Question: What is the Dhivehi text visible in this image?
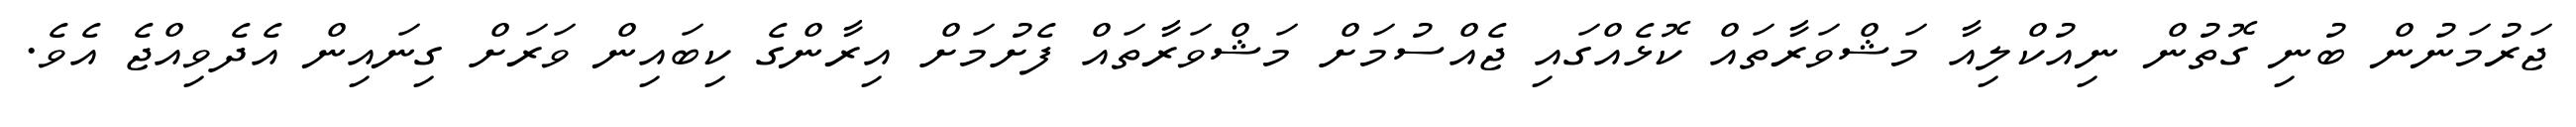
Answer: ޖަރުމަނުން ބުނި ގޮތުން ނިއުކްލިއާ މަޝްވަރާތައް ކޮޅެއްގައި ޖެއްސުމަށް މަޝްވަރާތައް ފެށުމަށް އިރާންގެ ކިބައިން ވަރަށް ގިނައިން އެދެވިއްޖެ އެވެ.